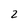
Character: 2